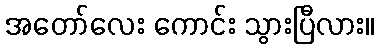
အတော်လေး ကောင်း သွားပြီလား။